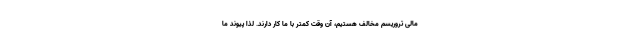
مالی تروریسم مخالف هستیم، آن وقت کمتر با ما کار دارند. لذا پیوند ما